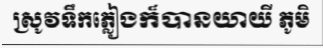
ស្រូវទឹកភ្លៀងក៏បានយាយី ភូមិ